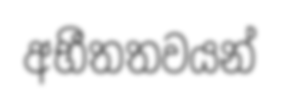
අභීතතවයන්